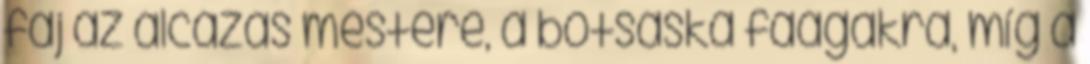
faj az álcázás mestere, a botsáska faágakra, míg a